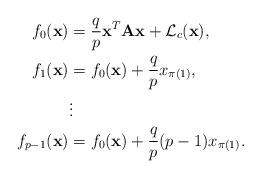
LaTeX: \begin{align*}f_{0}(\mathbf{x})&=\frac{q}{p}\mathbf{x}^{T}\mathbf{A}\mathbf{x}+\mathcal{L}_{c}(\mathbf{x}),\\f_{1}(\mathbf{x})&=f_{0}(\mathbf{x})+\frac{q}{p} x_{\pi(1)},\\&\vdots\\f_{p-1}(\mathbf{x})&=f_{0}(\mathbf{x})+\frac{q}{p} (p-1) x_{\pi(1)}.\end{align*}